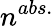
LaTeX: n^{abs.}